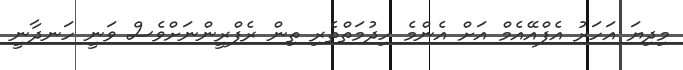
މިދިޔަ އަހަރު އެފްއޭއެމް އަށް އެންމެ ހިދުމަތްތެރި ތިން ރެފްރީންނަށްވެސް ވަނީ ހަނދާނީ